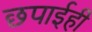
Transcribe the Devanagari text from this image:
छपाईही